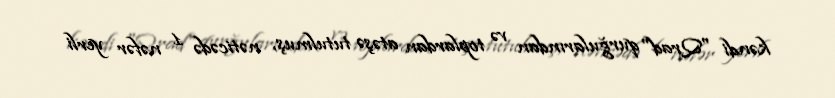
kəndi "Qrad" qurğularından və toplardan atəşə tutulmuş, nəticədə 1 nəfər yerli